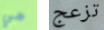
هي تزعج